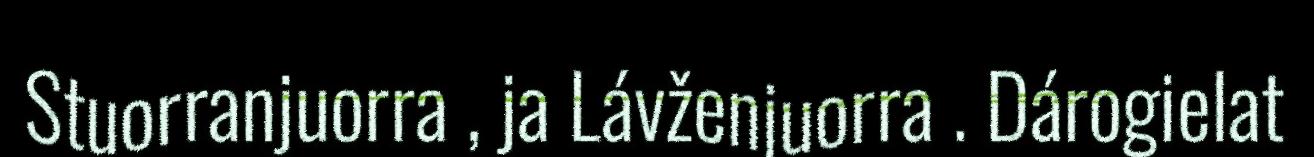
Stuorranjuorra , ja Lávženjuorra . Dárogielat